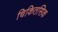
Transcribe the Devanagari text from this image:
चिकितसिक